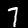
Label: 7